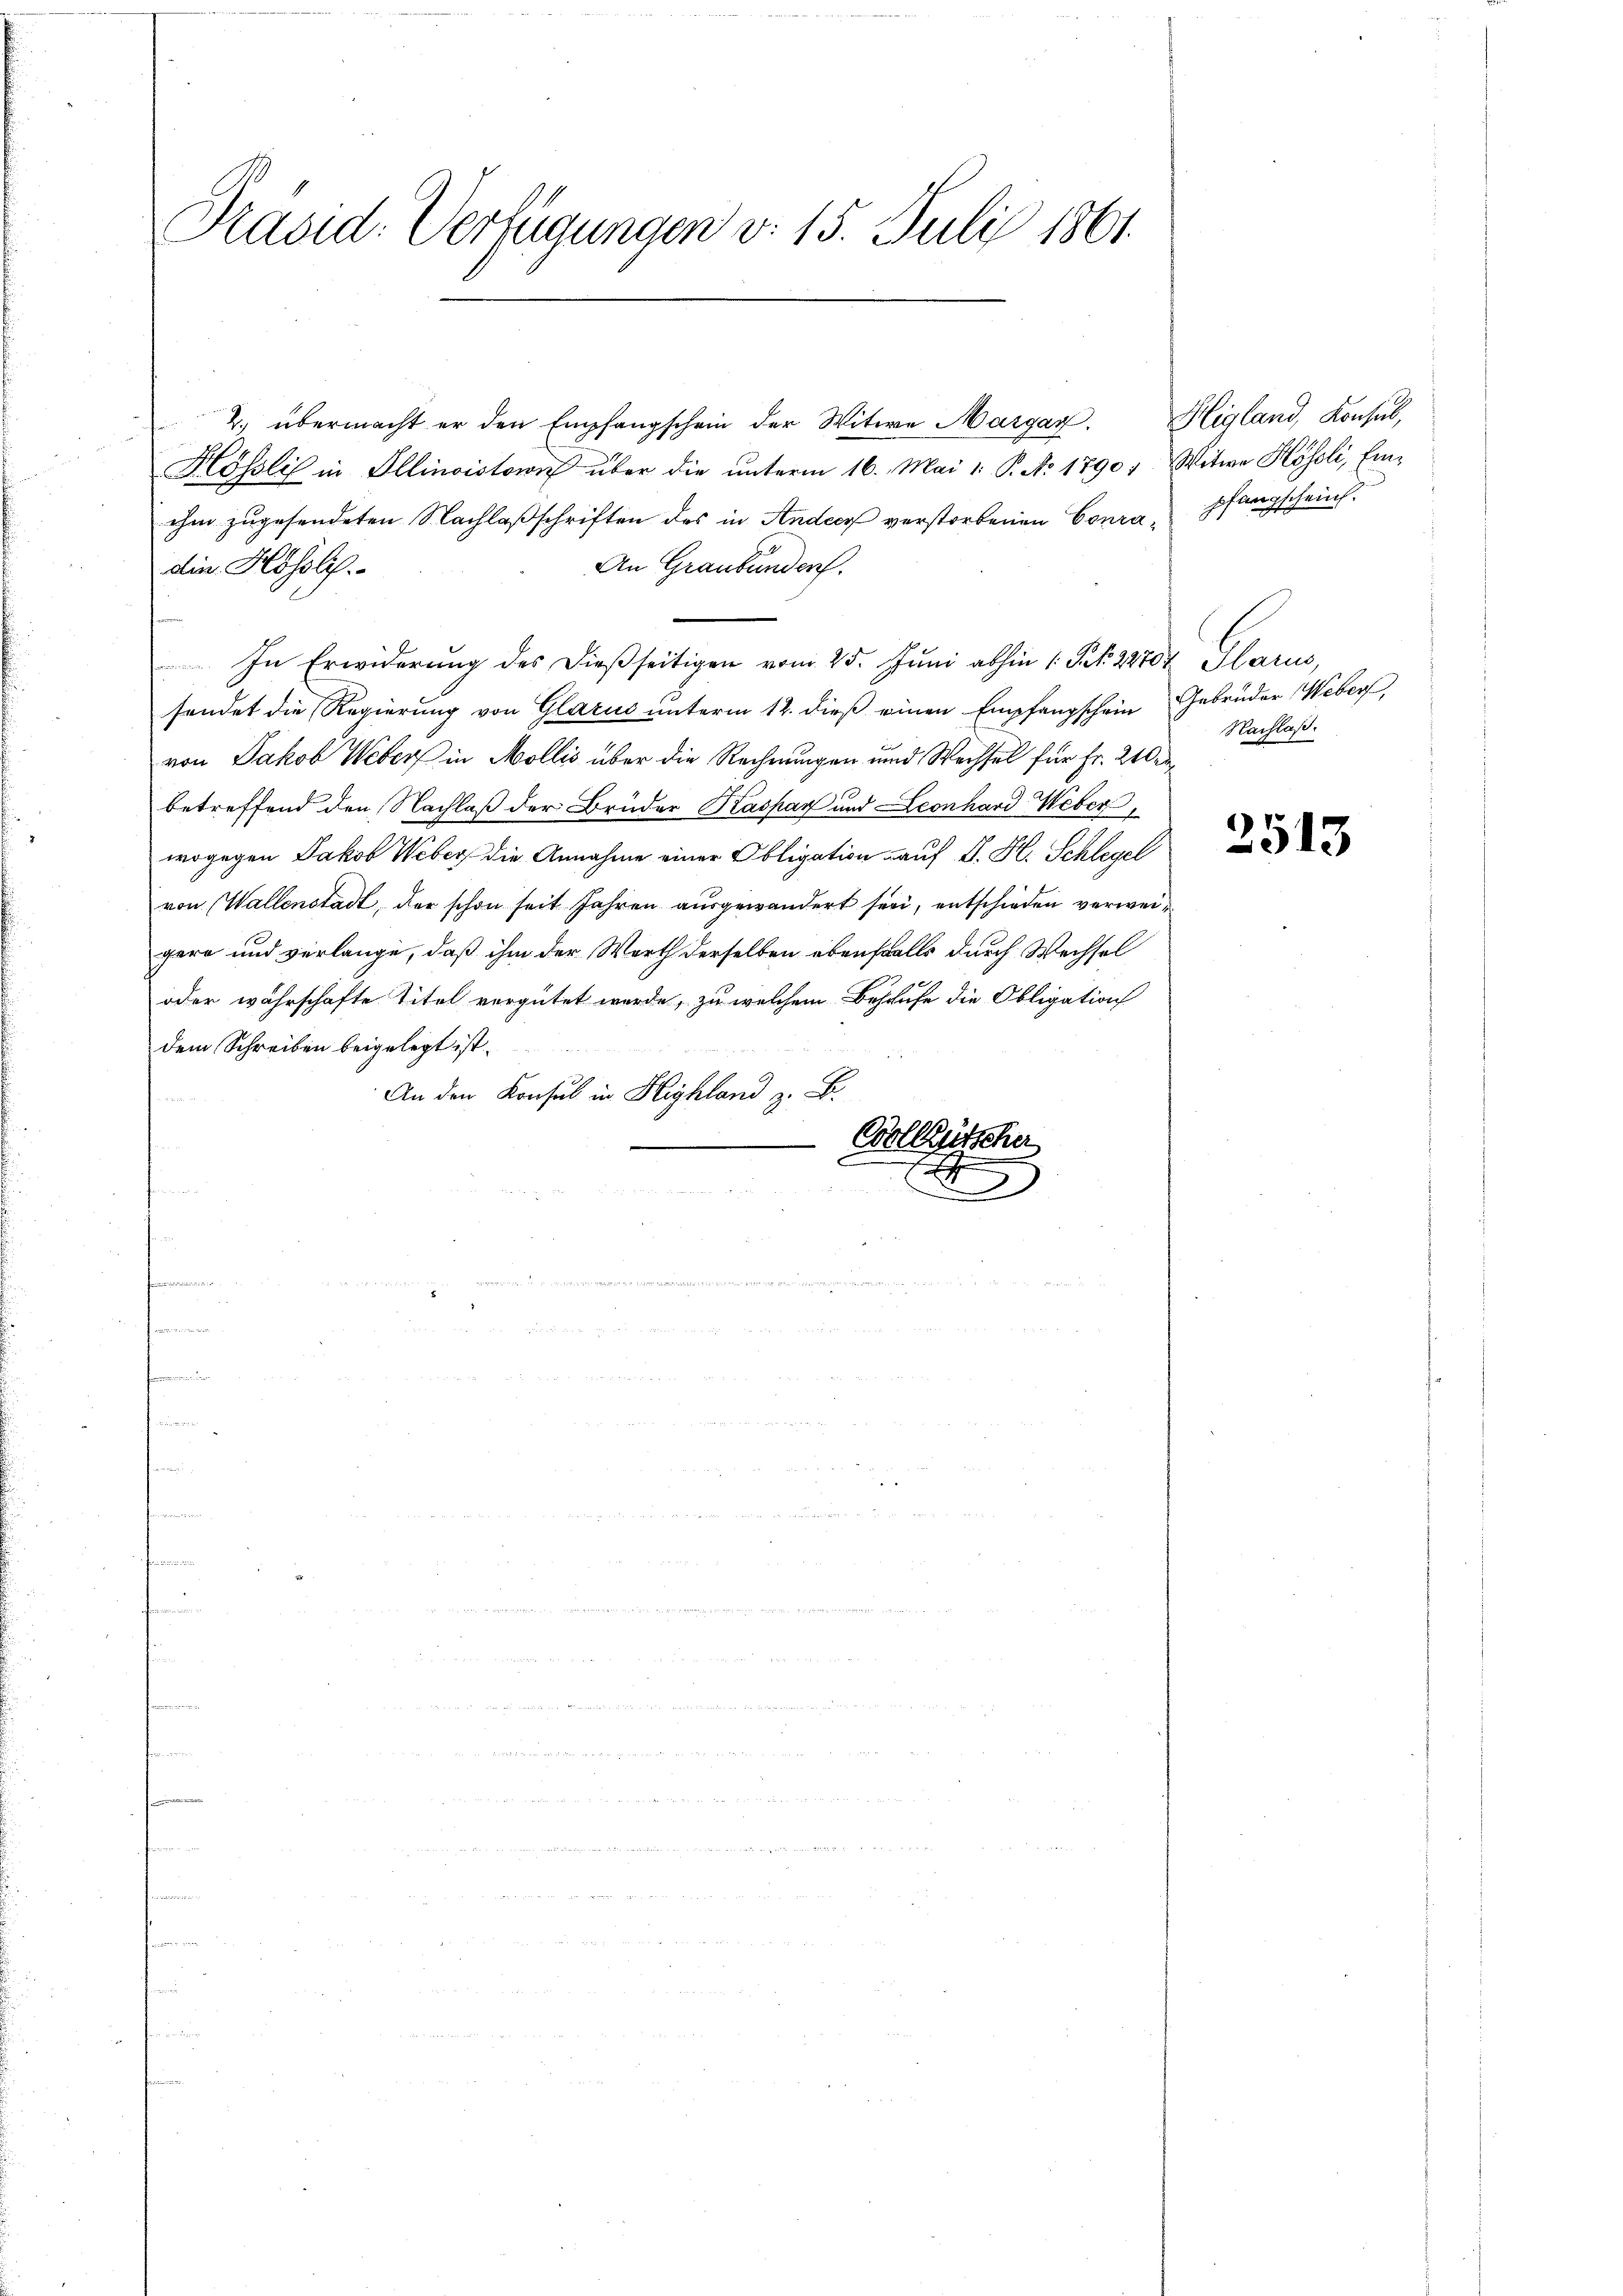
Präsid. Verfügungen v. 15. Juli 1861.

2. übermacht er den Empfangschein der Witwe Margan. Higland, Konsul,
Hösli in Illinoistow über die ŭnterm 16. Mai 1. P. No 1790, Witwe Hösli, Ein-
ihm zugesendeten Nachlaßschriften des in Ander verstorbenen Coura, pfangscheint.
die Hössli
An Graubünderf
In Erwiderung des dießseitigen vom 25. Juni abhin 1 Frk. 21704 Glarus,
sendet die Regierung von Glarus unterm 12. dieß einen Empfangschein Gebrüder Weber,
von Jakob Weber in Mollis über die Rechnungen und Wechsel für Fr. 210 d
betreffend den Nachlaß der Brüder Kaspar und Leonhard Weber
wogegen Jakob Weber die Annahme einer Obligation auf S. H. Schlegel
von Wallenstadt, der schon seit Jahren ausgewandert sei, entschieden verweigern und verlange, daß ihm der Werth derselben ebenfalls durch Wechsel
oder wahrschafte Titel vergütet werde, zu welchem Behaufe die Obligation
dem Schreiben beigelegt ist.
An den Konsul in Highland z. B.
Colleütscher
7
.
2

friinen

e

Nachlaß.

2513